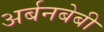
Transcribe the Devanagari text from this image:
अर्बनबेबी